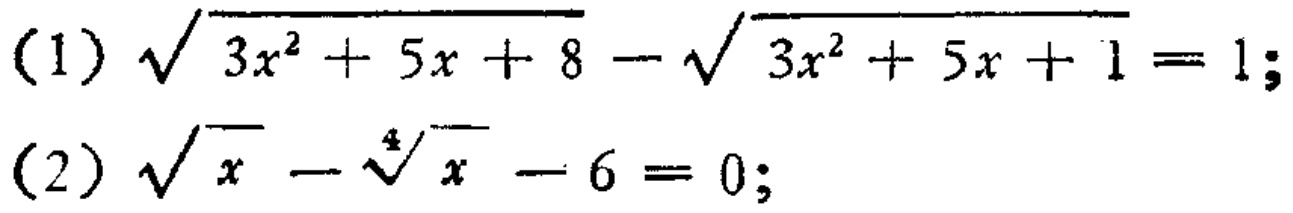
(1) \(\sqrt{3x^{2}+5x + 8}-\sqrt{3x^{2}+5x + 1}=1\);
(2) \(\sqrt{x}-\sqrt[4]{x}-6 = 0\);